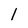
Character: l